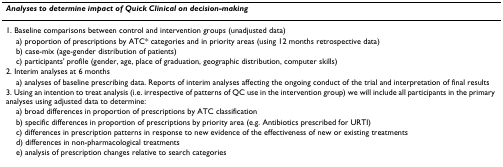
<table><thead><tr><td><b><i>Analyses to determine impact of Quick Clinical on decision-making</i></b></td></tr></thead><tbody><tr><td>1. Baseline comparisons between control and intervention groups (unadjusted data)</td></tr><tr><td> a) proportion of prescriptions by ATC* categories and in priority areas (using 12 months retrospective data)</td></tr><tr><td> b) case-mix (age-gender distribution of patients)</td></tr><tr><td> c) participants&#x27; profile (gender, age, place of graduation, geographic distribution, computer skills)</td></tr><tr><td>2. Interim analyses at 6 months</td></tr><tr><td> a) analyses of baseline prescribing data. Reports of interim analyses affecting the ongoing conduct of the trial and interpretation of final results</td></tr><tr><td>3. Using an intention to treat analysis (i.e. irrespective of patterns of QC use in the intervention group) we will include all participants in the primary analyses using adjusted data to determine:</td></tr><tr><td> a) broad differences in proportion of prescriptions by ATC classification</td></tr><tr><td> b) specific differences in proportion of prescriptions by priority area (e.g. Antibiotics prescribed for URTI)</td></tr><tr><td> c) differences in prescription patterns in response to new evidence of the effectiveness of new or existing treatments</td></tr><tr><td> d) differences in non-pharmacological treatments</td></tr><tr><td> e) analysis of prescription changes relative to search categories</td></tr></tbody></table>